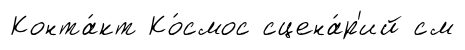
Конта́кт Ко́смос сцена́р'ий см